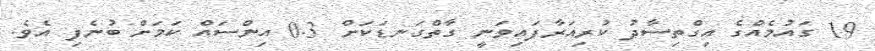
19 ގައުމެއްގެ އިގްތިސާދު ކުރިއަރާފައިވަނީ ގާތްގަނޑަކަށް 0.3 އިންސައް ކަމަށް ބުނެފި އެވެ.